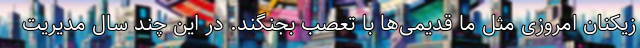
زیکنان امروزی مثل ما قدیمی‌ها با تعصب بجنگند. در این چند سال مدیریت